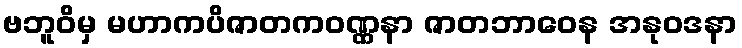
ဗဘူဝိမှ မဟာကပိဇာတကဝဏ္ဏနာ ဇာတဘာဝေန အနုဝဒနာ